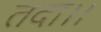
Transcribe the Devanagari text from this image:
तदा।।